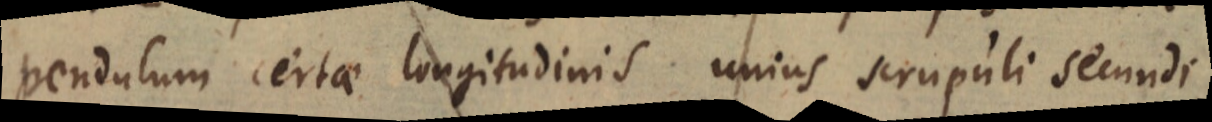
pendulum certae longitudinis unius scrupuli secundi